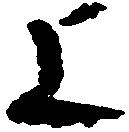
よ